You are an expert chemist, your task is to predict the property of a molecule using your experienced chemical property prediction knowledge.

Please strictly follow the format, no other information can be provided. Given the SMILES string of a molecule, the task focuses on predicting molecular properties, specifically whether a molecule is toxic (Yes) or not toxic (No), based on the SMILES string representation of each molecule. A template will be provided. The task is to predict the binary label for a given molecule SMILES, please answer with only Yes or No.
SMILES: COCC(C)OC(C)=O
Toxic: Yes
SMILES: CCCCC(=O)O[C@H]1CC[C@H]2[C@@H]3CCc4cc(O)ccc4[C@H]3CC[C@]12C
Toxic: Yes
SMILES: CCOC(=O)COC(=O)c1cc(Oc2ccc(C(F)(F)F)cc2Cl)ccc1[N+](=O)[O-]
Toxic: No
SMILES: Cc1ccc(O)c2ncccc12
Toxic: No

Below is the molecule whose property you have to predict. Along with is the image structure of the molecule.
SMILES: CCOP(=S)(OCC)SCCl
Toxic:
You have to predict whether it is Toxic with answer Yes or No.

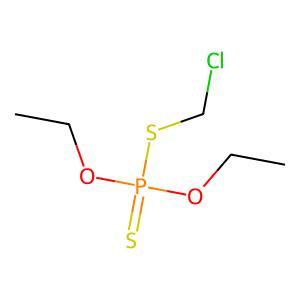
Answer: No